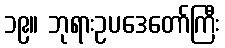
၁၉။ ဘုရားဥပဒေတော်ကြီး